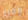
الفور